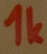
Text: 1k